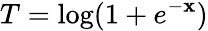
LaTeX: T=\log(1+e^{-\mathbf{x}})